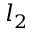
l _ { 2 }